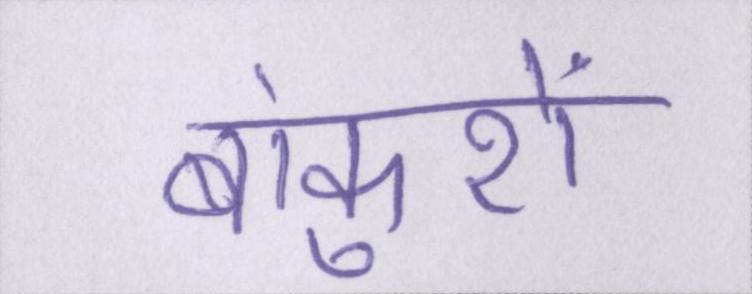
बांकुरों